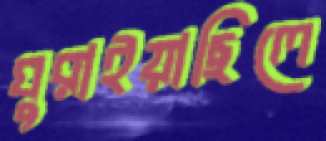
ঘুরাইয়াছিলে